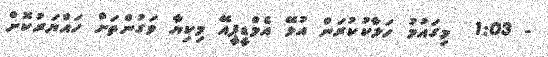
- 1:03  މިގައުމު ހަލާކުކުރަން އުޅޭ އެމްޑީޕީއޭ މިކިޔާ ވަގުންތަށް ހައްޔަރުކޮށް